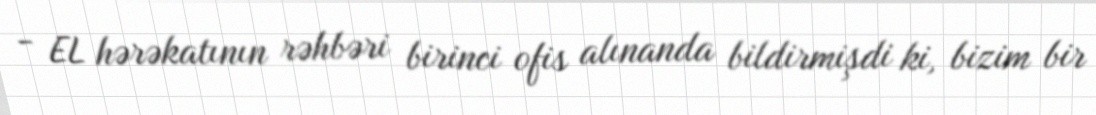
- EL hərəkatının rəhbəri birinci ofis alınanda bildirmişdi ki, bizim bir